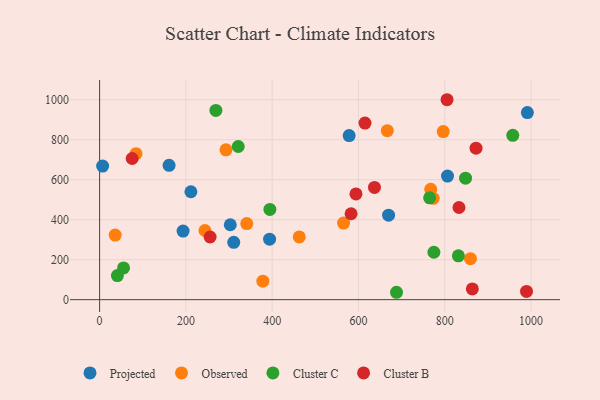
{"axis": {"x": "Engine Size", "y": "Salary"}, "legend": ["Cluster B", "Cluster C", "Observed", "Projected"], "data": [{"x": "806.4", "y": 617.9, "type": "Projected"}, {"x": "302.9", "y": 374.7, "type": "Projected"}, {"x": "578.4", "y": 820.5, "type": "Projected"}, {"x": "193.5", "y": 343.1, "type": "Projected"}, {"x": "310.9", "y": 286.7, "type": "Projected"}, {"x": "991.5", "y": 935.4, "type": "Projected"}, {"x": "161.0", "y": 671.8, "type": "Projected"}, {"x": "211.6", "y": 539.7, "type": "Projected"}, {"x": "669.8", "y": 422.5, "type": "Projected"}, {"x": "7.0", "y": 668.2, "type": "Projected"}, {"x": "394.0", "y": 302.7, "type": "Projected"}, {"x": "859.6", "y": 204.8, "type": "Observed"}, {"x": "767.5", "y": 552.1, "type": "Observed"}, {"x": "796.4", "y": 840.8, "type": "Observed"}, {"x": "565.4", "y": 383.2, "type": "Observed"}, {"x": "666.8", "y": 844.9, "type": "Observed"}, {"x": "36.1", "y": 322.8, "type": "Observed"}, {"x": "244.2", "y": 345.8, "type": "Observed"}, {"x": "773.3", "y": 506.8, "type": "Observed"}, {"x": "341.1", "y": 380.4, "type": "Observed"}, {"x": "462.8", "y": 313.8, "type": "Observed"}, {"x": "84.5", "y": 730.1, "type": "Observed"}, {"x": "378.4", "y": 92.7, "type": "Observed"}, {"x": "292.9", "y": 749.2, "type": "Observed"}, {"x": "688.2", "y": 37.0, "type": "Cluster C"}, {"x": "957.7", "y": 821.7, "type": "Cluster C"}, {"x": "774.8", "y": 237.2, "type": "Cluster C"}, {"x": "765.0", "y": 509.3, "type": "Cluster C"}, {"x": "55.5", "y": 158.9, "type": "Cluster C"}, {"x": "269.5", "y": 946.5, "type": "Cluster C"}, {"x": "41.2", "y": 120.6, "type": "Cluster C"}, {"x": "394.7", "y": 451.1, "type": "Cluster C"}, {"x": "321.3", "y": 766.1, "type": "Cluster C"}, {"x": "831.6", "y": 219.5, "type": "Cluster C"}, {"x": "848.2", "y": 607.7, "type": "Cluster C"}, {"x": "615.1", "y": 883.0, "type": "Cluster B"}, {"x": "637.1", "y": 561.3, "type": "Cluster B"}, {"x": "833.0", "y": 461.0, "type": "Cluster B"}, {"x": "256.1", "y": 313.4, "type": "Cluster B"}, {"x": "863.9", "y": 53.7, "type": "Cluster B"}, {"x": "594.2", "y": 529.0, "type": "Cluster B"}, {"x": "805.3", "y": 999.9, "type": "Cluster B"}, {"x": "582.9", "y": 429.6, "type": "Cluster B"}, {"x": "989.5", "y": 41.1, "type": "Cluster B"}, {"x": "75.5", "y": 706.1, "type": "Cluster B"}, {"x": "872.5", "y": 757.6, "type": "Cluster B"}]}